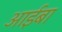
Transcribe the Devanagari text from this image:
आईबा